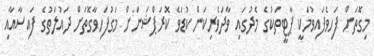
މިގޮތަށް ފަހިވެފައިވުމަކީ ޕާޓީތަކުގެ މެދުގައި ވާދަވެރިކަން ކުޑަވެ ކޮރަޕްޝަނަށް މަގުފަހިވާގޮތަށް ދައުލަތުގެ ފައިސާއާއި